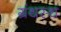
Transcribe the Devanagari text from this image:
ग्रंथस्थ